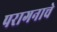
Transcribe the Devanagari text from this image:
परागनाचे